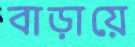
বাড়ায়ে